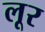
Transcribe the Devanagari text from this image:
लूर